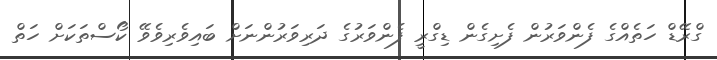
ގްރޭޑް ހަތެއްގެ ފެންވަރުން ފެށިގެން ޑިގްރީ ފެންވަރުގެ ދަރިވަރުންނަށް ބައިވެރިވެވޭ ކޯސްތަކަށް ހަތް